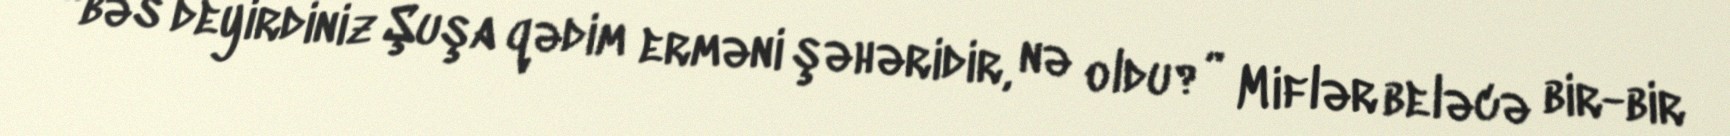
“bəs deyirdiniz Şuşa qədim erməni şəhəridir, nə oldu?” Miflər beləcə bir-bir